Investigations into the jail dietaries of the United Provinces with some observations on the influence of dietary on the physical development and well-being of the people of the United Provinces - Number 48
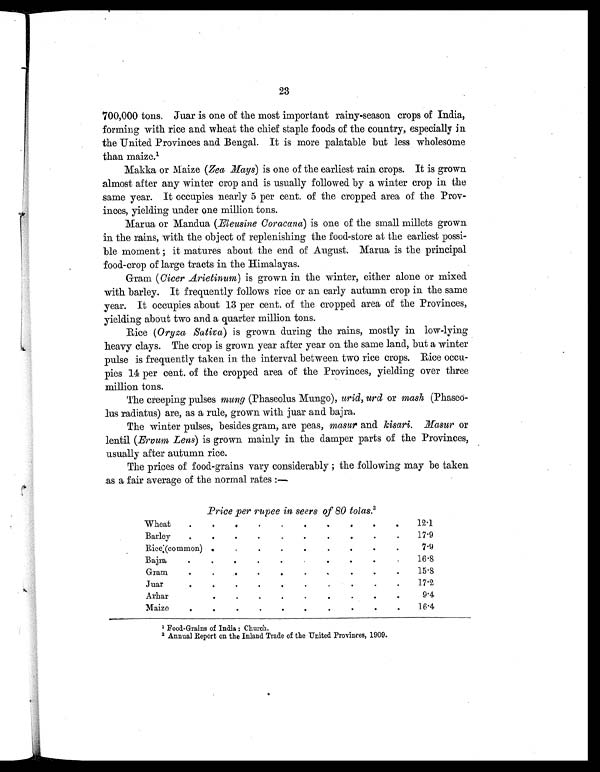
23
700,000 tons. Juar is one of the most important rainy-season crops of India,
forming with rice and wheat the chief staple foods of the country, especially in
the United Provinces and Bengal. It is more palatable but less wholesome
than maize.1
Makka or Maize (Zea Mays) is one of the earliest rain crops. It is grown
almost after any winter crop and is usually followed by a winter crop in the
same year. It occupies nearly 5 per cent. of the cropped area of the Prov-
inces, yielding under one million tons.
Marua or Mandua (Eleusine Coracana) is one of the small millets grown
in the rains, with the object of replenishing the food-store at the earliest possi-
ble moment; it matures about the end of August. Marua is the principal
food-crop of large tracts in the Himalayas.
Gram (Cicer Arietinum) is grown in the winter, either alone or mixed
with barley. It frequently follows rice or an early autumn crop in the same
year. It occupies about 13 per cent. of the cropped area of the Provinces,
yielding about two and a quarter million tons.
Rice (Oryza Sativa) is grown during the rains, mostly in low-lying
heavy clays. The crop is grown year after year on the same land, but a winter
pulse is frequently taken in the interval between two rice crops. Rice occu-
pies 14 per cent. of the cropped area of the Provinces, yielding over three
million tons.
The creeping pulses mung (Phaseolus Mungo), urid, urd or mash (Phaseo-
lus radiatus) are, as a rule, grown with juar and bajra.
The winter pulses, besides gram, are peas, masur and kisari. Masur or
lentil (Ervum Lens) is grown mainly in the damper parts of the Provinces,
usually after autumn rice.
The prices of food-grains vary considerably; the following may be taken
as a fair average of the normal rates:—
Price per rupee in seers of 80 tolas. 2
Wheat
. .
. .
.
.
.
.
.
. 12.1
Barley
. .
.
.
.
.
.
. .
. 17.9
Rice (common) .
. .
.
.
.
.
.
.
7.9
Bajra
.
.
.
.
.
.
.
.
.
. 16.8
Gram
.
.
.
.
.
.
.
.
.
.
15.8
Juar
.
.
.
.
.
.
.
.
.
.
17.2
Arhar
.
.
.
.
.
.
.
.
.
9.4
Maize
. .
.
.
.
.
.
.
.
.
16.4
1 Food-Grains of India : Church.
2 Annual Report on the Inland Trade of the United Provinces, 1909.